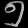
Digit: ၅